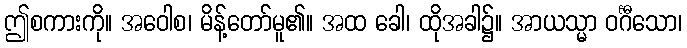
ဤစကားကို။ အဝေါစ၊ မိန့်တော်မူ၏။ အထ ခေါ၊ ထိုအခါ၌။ အာယသ္မာ ဝင်္ဂီသော၊